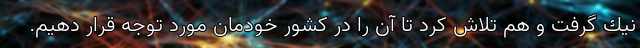
نيك گرفت و هم تلاش كرد تا آن را در كشور خودمان مورد توجه قرار دهيم.